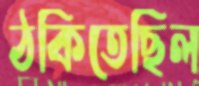
ঠকিতেছিল